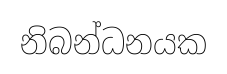
නිබන්ධනයක